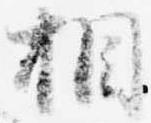
相